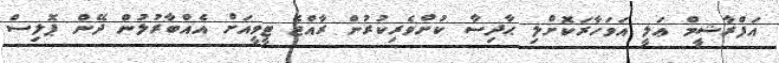
އަފްރާޝީމް ޢަލީ އަވަހާރަކޮށްލި ޙާދިސާ ކުށްވެރިކުރުން ރާއްޖެ ޓީވީއަށް އެއްބާރުލުން ދޭން ޕޮލިސް